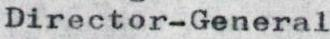
Director-General